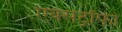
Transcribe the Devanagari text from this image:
एक्सट्रॉफी